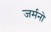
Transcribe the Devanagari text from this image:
जर्मनो